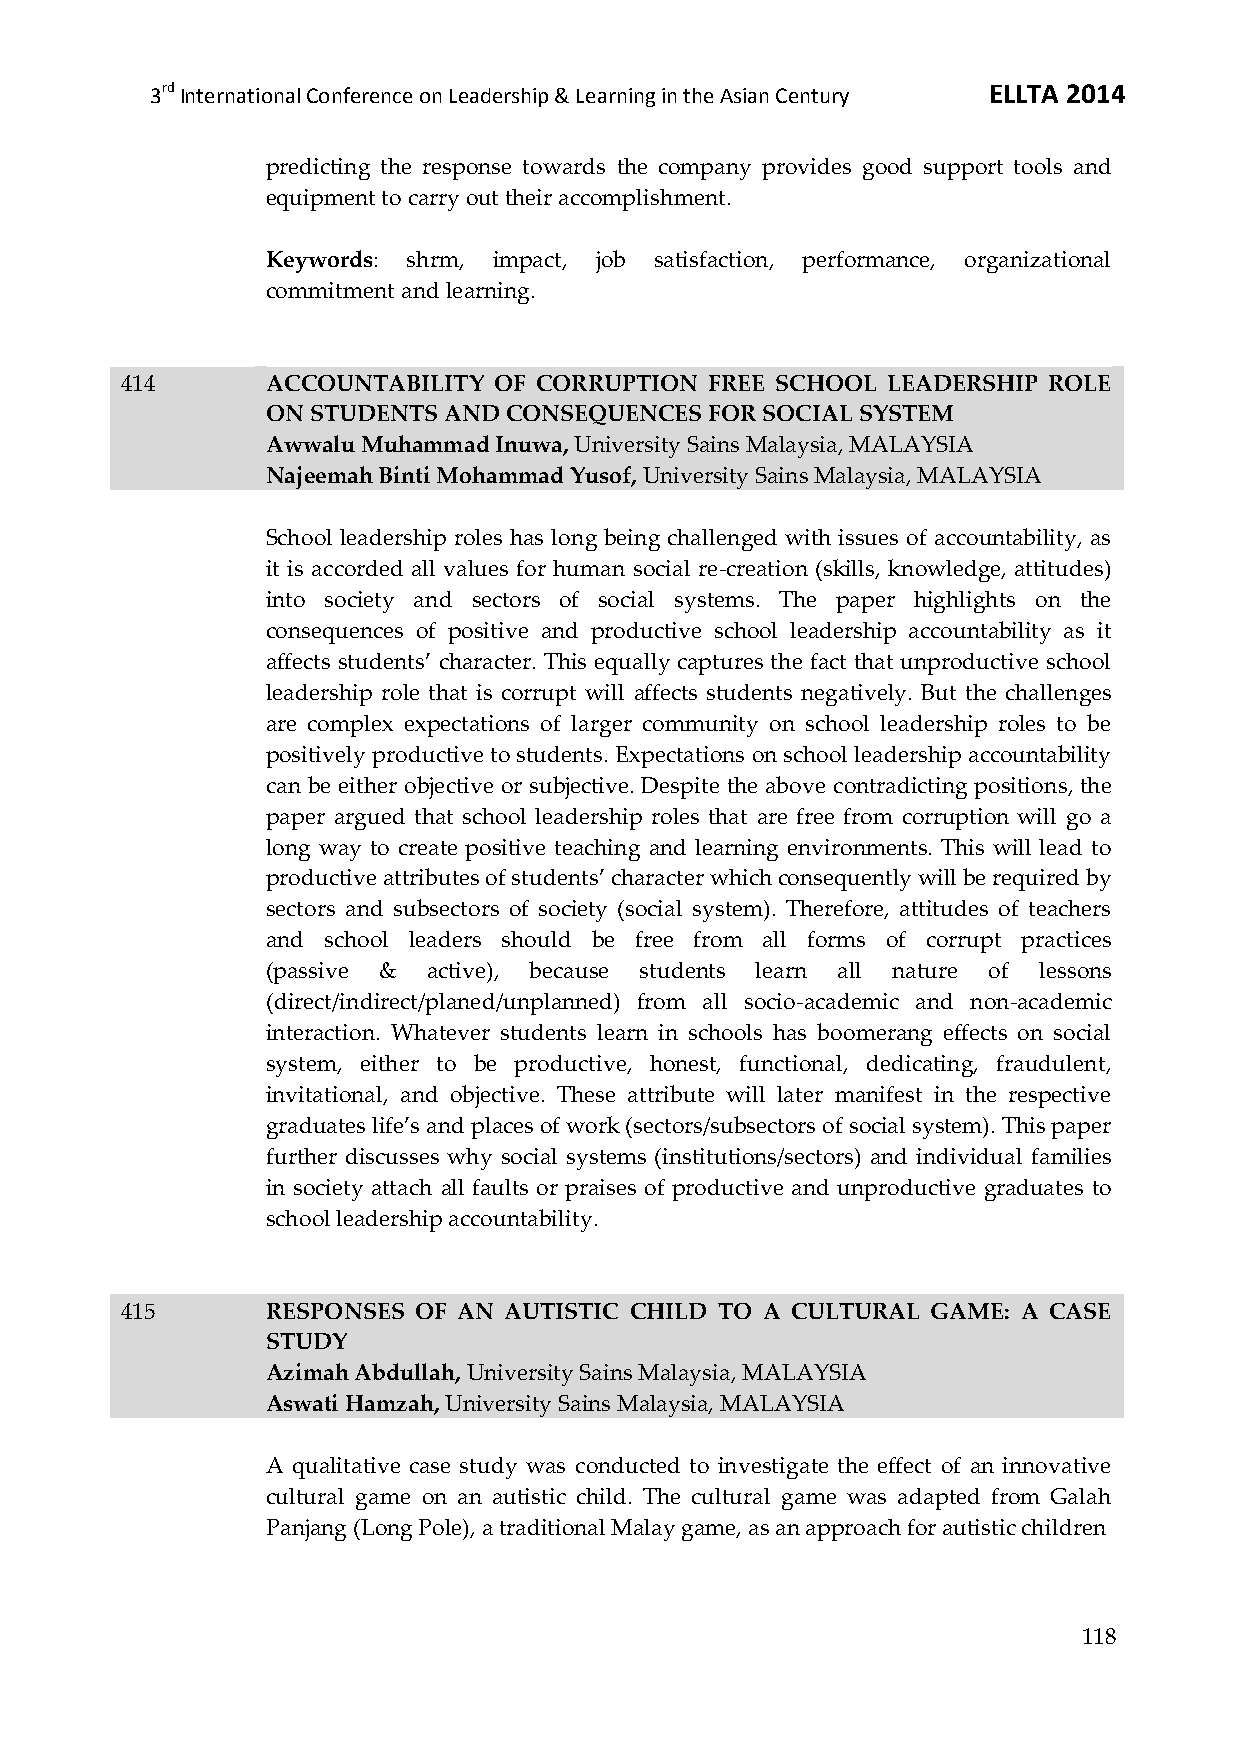
3rd International Conference on Leadership & Learning in the Asian Century ELLTA 2014
 predicting the response towards the company provides good support tools and
 equipment to carry out their accomplishment.
 Keywords: shrm, impact, job satisfaction, performance, organizational
 commitment and learning.
 414       ACCOUNTABILITY OF CORRUPTION FREE SCHOOL LEADERSHIP ROLE
 ON STUDENTS AND CONSEQUENCES FOR SOCIAL SYSTEM
 Awwalu Muhammad Inuwa, University Sains Malaysia, MALAYSIA
 Najeemah Binti Mohammad Yusof, University Sains Malaysia, MALAYSIA
 School leadership roles has long being challenged with issues of accountability, as
 it is accorded all values for human social re-creation (skills, knowledge, attitudes)
 into society and sectors of social systems. The paper highlights on the
 consequences of positive and productive school leadership accountability as it
 affects students’ character. This equally captures the fact that unproductive school
 leadership role that is corrupt will affects students negatively. But the challenges
 are complex expectations of larger community on school leadership roles to be
 positively productive to students. Expectations on school leadership accountability
 can be either objective or subjective. Despite the above contradicting positions, the
 paper argued that school leadership roles that are free from corruption will go a
 long way to create positive teaching and learning environments. This will lead to
 productive attributes of students’ character which consequently will be required by
 sectors and subsectors of society (social system). Therefore, attitudes of teachers
 and school leaders should be free from all forms of corrupt practices
 (passive & active), because students learn all nature of lessons
 (direct/indirect/planed/unplanned) from all socio-academic and non-academic
 interaction. Whatever students learn in schools has boomerang effects on social
 system, either to be productive, honest, functional, dedicating, fraudulent,
 invitational, and objective. These attribute will later manifest in the respective
 graduates life’s and places of work (sectors/subsectors of social system). This paper
 further discusses why social systems (institutions/sectors) and individual families
 in society attach all faults or praises of productive and unproductive graduates to
 school leadership accountability.
 415       RESPONSES OF AN AUTISTIC CHILD TO A CULTURAL GAME: A CASE
 STUDY
 Azimah Abdullah, University Sains Malaysia, MALAYSIA
 Aswati Hamzah, University Sains Malaysia, MALAYSIA
 A qualitative case study was conducted to investigate the effect of an innovative
 cultural game on an autistic child. The cultural game was adapted from Galah
 Panjang (Long Pole), a traditional Malay game, as an approach for autistic children
 118